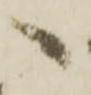
へ